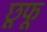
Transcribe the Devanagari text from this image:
छूफू